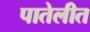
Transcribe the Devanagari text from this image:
पातेलीत